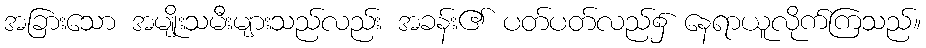
အခြားသော အမျိုးသမီးများသည်လည်း အခန်း၏ ပတ်ပတ်လည်၌ နေရာယူလိုက်ကြသည်။